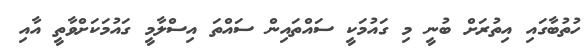
ހުތުބާގައި އިތުރަށް ބުނީ މި ގައުމަކީ ސައްތައިން ސައްތަ އިސްލާމީ ގައުމަކަށްވާތީ އާއި